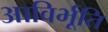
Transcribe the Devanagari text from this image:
आविर्भूति